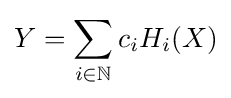
Y=\sum _{i\in \mathbb {N} }c_{i}H_{i}(X)